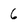
Character: 6